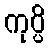
ကုပ္ပိ